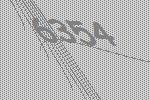
6354